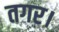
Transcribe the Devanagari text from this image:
तगर।